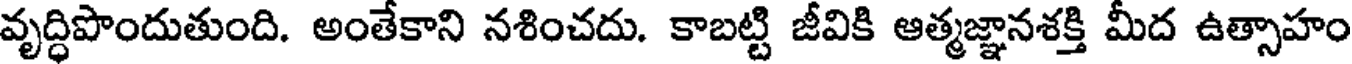
వృద్ధిపొందుతుంది. అంతేకాని నశించదు. కాబట్టి జీవికి ఆత్మజ్ఞానశక్తి మీద ఉత్సాహం